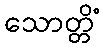
သောတ္တိံ